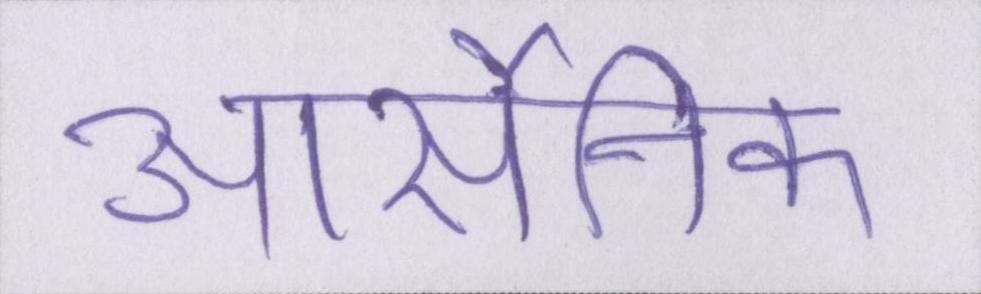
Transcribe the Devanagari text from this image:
आर्सेनिक